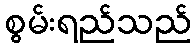
စွမ်းရည်သည်